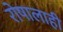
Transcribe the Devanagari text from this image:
रोषालाही